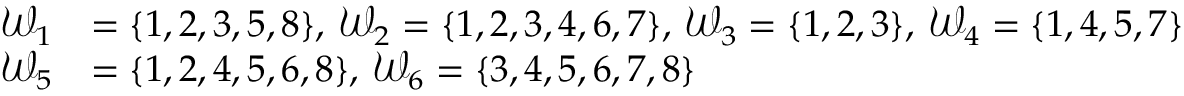
\begin{array} { r l } { \mathcal { W } _ { 1 } } & { = \{ 1 , 2 , 3 , 5 , 8 \} , \: \mathcal { W } _ { 2 } = \{ 1 , 2 , 3 , 4 , 6 , 7 \} , \: \mathcal { W } _ { 3 } = \{ 1 , 2 , 3 \} , \: \mathcal { W } _ { 4 } = \{ 1 , 4 , 5 , 7 \} } \\ { \mathcal { W } _ { 5 } } & { = \{ 1 , 2 , 4 , 5 , 6 , 8 \} , \: \mathcal { W } _ { 6 } = \{ 3 , 4 , 5 , 6 , 7 , 8 \} } \end{array}